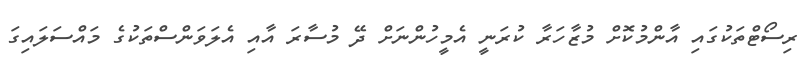
ރިސޯޓްތަކުގައި އާންމުކޮށް މުޒާހަރާ ކުރަނީ އެމީހުންނަށް ދޭ މުސާރަ އާއި އެލަވަންސްތަކުގެ މައްސަލައިގަ